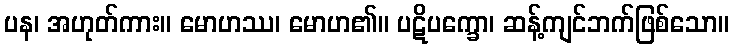
ပန၊ အဟုတ်ကား။ မောဟဿ၊ မောဟ၏။ ပဋိပက္ခော၊ ဆန့်ကျင်ဘက်ဖြစ်သော။